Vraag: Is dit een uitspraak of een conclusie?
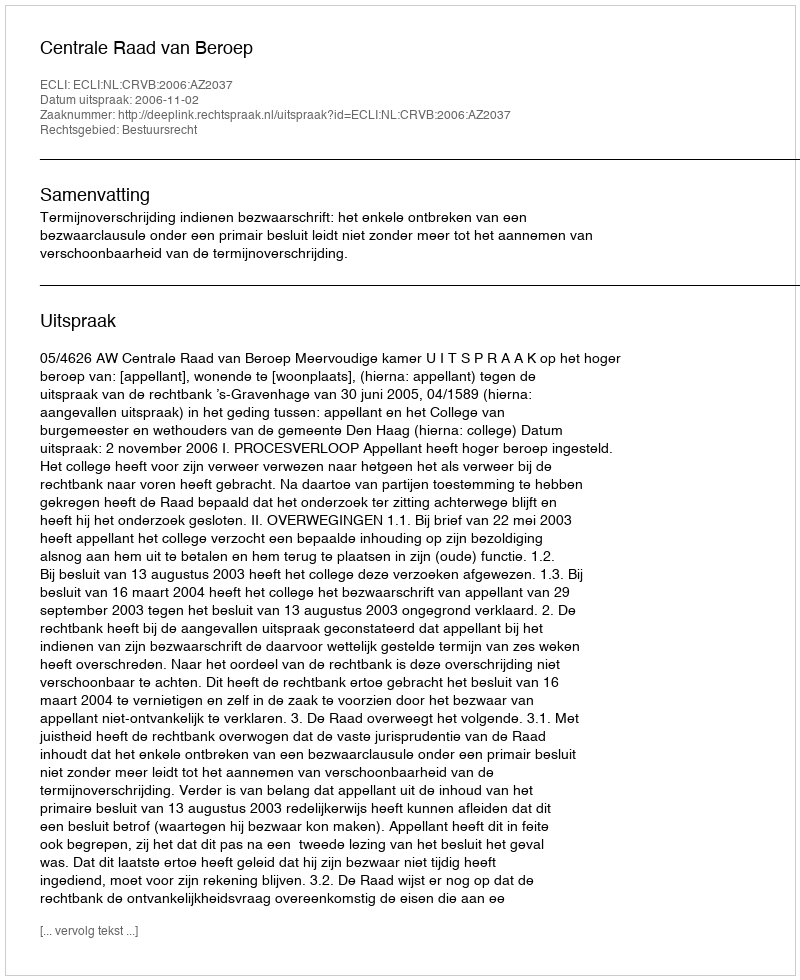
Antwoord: Uitspraak